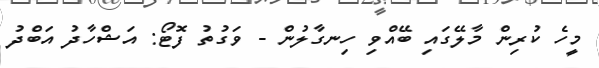
މީހެ ކުރިން މާލޭގައި ބޭއްވި ހިނގާލުން - ވަގުތު ފޮޓޯ: އަޝްހާދު އަބްދު